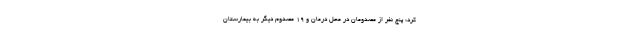
کرد: پنج نفر از مصدومان در محل درمان و ۱۹ مصدوم دیگر به بیمارستان